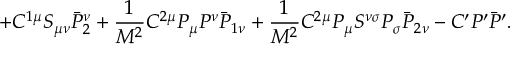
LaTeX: + { \cal C } ^ { 1 \mu } S _ { \mu \nu } \bar { \cal P } _ { 2 } ^ { \nu } + \frac { 1 } { M ^ { 2 } } { \cal C } ^ { 2 \mu } P _ { \mu } P ^ { \nu } \bar { \cal P } _ { 1 \nu } + \frac { 1 } { M ^ { 2 } } { \cal C } ^ { 2 \mu } P _ { \mu } S ^ { \nu \sigma } P _ { \sigma } \bar { \cal P } _ { 2 \nu } - { \cal C } ^ { \prime } P ^ { \prime } \bar { \cal P } ^ { \prime } .